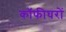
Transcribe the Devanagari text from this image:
कॉफीघरों